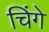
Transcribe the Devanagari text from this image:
चिंगे